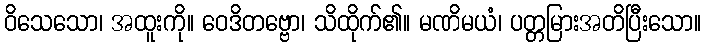
ဝိသေသော၊ အထူးကို။ ဝေဒိတဗ္ဗော၊ သိထိုက်၏။ မဏိမယံ၊ ပတ္တမြားအတိပြီးသော။